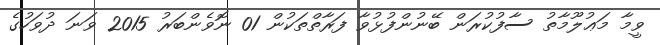
ވީމާ މަޢުލޫމާތު ސާފުކުރަން ބޭނުންފުޅުވާ ފަރާތްތަކުން 01 ނޮވެންބަރު 2015 ވަނަ ދުވަހުގެ